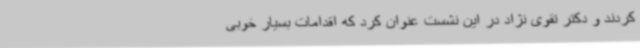
کردند و دکتر تقوی نژاد در این نشست عنوان کرد که اقدامات بسیار خوبی